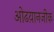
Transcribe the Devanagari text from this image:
ओढय़ानजीक